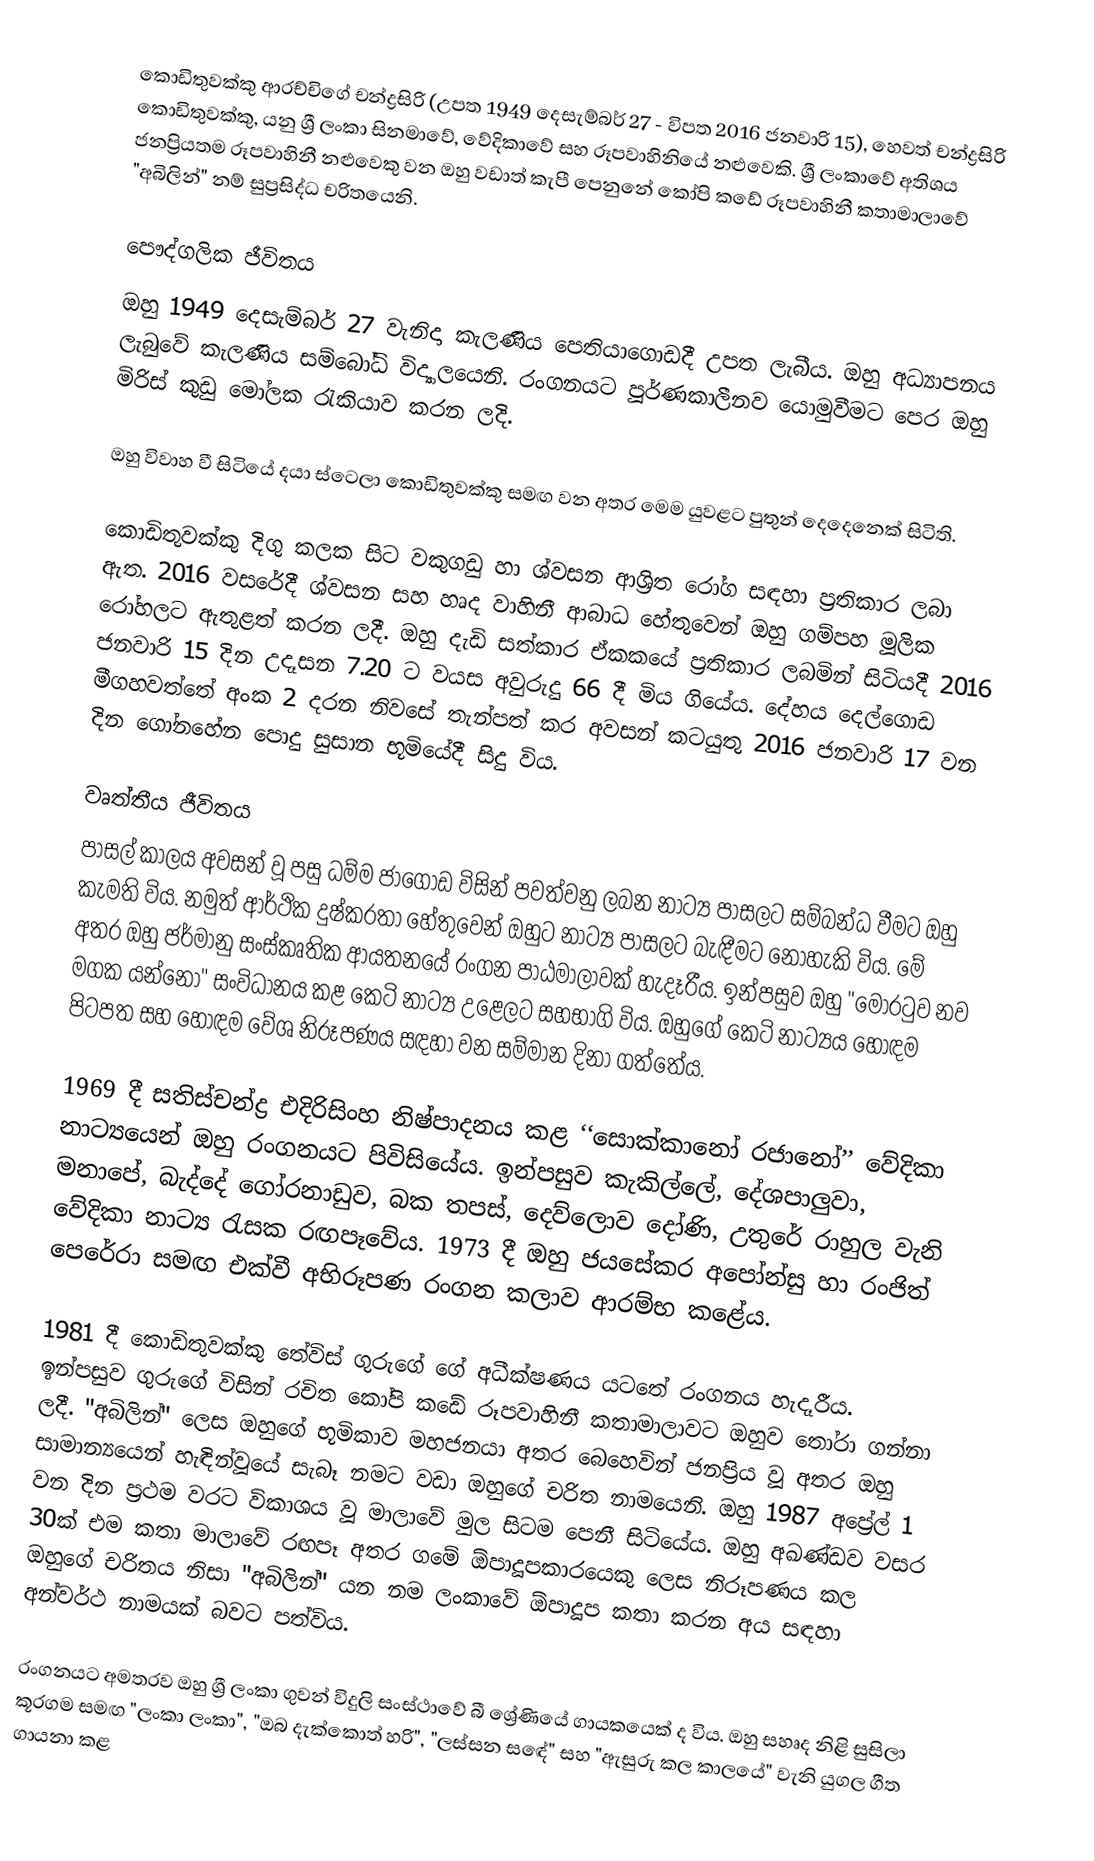
කොඩිතුවක්කු ආරච්චිගේ චන්ද්‍රසිරි (උපත 1949 දෙසැම්බර් 27 - විපත 2016 ජනවාරි 15), හෙවත් චන්ද්‍රසිරි කොඩිතුවක්කු, යනු ශ්‍රී ලංකා සිනමාවේ, වේදිකාවේ සහ රූපවාහිනියේ නළුවෙකි. ශ්‍රී ලංකාවේ අතිශය ජනප්‍රියතම රූපවාහිනී නළුවෙකු වන ඔහු වඩාත් කැපී පෙනුනේ කෝපි කඩේ රූපවාහිනී කතාමාලාවේ "අබිලින්" නම් සුප්‍රසිද්ධ චරිතයෙනි.

පෞද්ගලික ජීවිතය
ඔහු 1949 දෙසැම්බර් 27 වැනිදා කැලණිය පෙතියාගොඩදී උපත ලැබීය. ඔහු අධ්‍යාපනය ලැබුවේ කැලණිය සම්බෝධි විද්‍යාලයෙනි. රංගනයට පූර්ණකාලීනව යොමුවීමට පෙර ඔහු මිරිස් කුඩු මෝලක ‍රැකියාව කරන ලදි.

ඔහු විවාහ වී සිටියේ දයා ස්ටෙලා කොඩිතුවක්කු සමඟ වන අතර මෙම යුවළට පුතුන් දෙදෙනෙක් සිටිති.

කොඩිතුවක්කු දිගු කලක සිට වකුගඩු හා ශ්වසන ආශ්‍රිත රෝග සඳහා ප්‍රතිකාර ලබා ඇත. 2016 වසරේදී ශ්වසන සහ හෘද වාහිනී ආබාධ හේතුවෙන් ඔහු ගම්පහ මූලික රෝහලට ඇතුළත් කරන ලදී. ඔහු දැඩි සත්කාර ඒකකයේ ප්‍රතිකාර ලබමින් සිටියදී 2016 ජනවාරි 15 ​​දින උදෑසන 7.20 ට වයස අවුරුදු 66 දී මිය ගියේය. දේහය දෙල්ගොඩ මීගහවත්තේ අංක 2 දරන නිවසේ තැන්පත් කර අවසන් කටයුතු 2016 ජනවාරි 17 වන දින ගෝනහේන පොදු සුසාන භූමියේදී සිදු විය.

වෘත්තීය ජීවිතය
පාසල් කාලය අවසන් වූ පසු ධම්ම ජාගොඩ විසින් පවත්වනු ලබන නාට්‍ය පාසලට සම්බන්ධ වීමට ඔහු කැමති විය. නමුත් ආර්ථික දුෂ්කරතා හේතුවෙන් ඔහුට නාට්‍ය පාසලට බැඳීමට නොහැකි විය. මේ අතර ඔහු ජර්මානු සංස්කෘතික ආයතනයේ රංගන පාඨමාලාවක් හැදෑරීය. ඉන්පසුව ඔහු "මොරටුව නව මගක යන්නෝ" සංවිධානය කළ කෙටි නාට්‍ය උළෙලට සහභාගි විය. ඔහුගේ කෙටි නාට්‍යය හොඳම පිටපත සහ හොඳම වේශ නිරූපණය සඳහා වන සම්මාන දිනා ගත්තේය.

1969 දී සතිස්චන්ද්‍ර එදිරිසිංහ නිෂ්පාදනය කළ ‘‘සොක්කානෝ රජානෝ’’ වේදිකා නාට්‍යයෙන් ඔහු රංගනයට පිවිසියේය. ඉන්පසුව කැකිල්ලේ, දේශපාලුවා, මනාපේ, බැද්දේ ගෝරනාඩුව, බක තපස්, දෙව්ලොව දෝණි, උතුරේ රාහුල වැනි වේදිකා නාට්‍ය රැසක රඟපෑවේය.  1973 දී ඔහු ජයසේකර අපෝන්සු හා රංජිත් පෙරේරා සමඟ එක්වී අභිරූපණ රංගන කලාව ආරම්භ කළේය.

1981 දී කොඩිතුවක්කු තේවිස් ගුරුගේ ගේ අධීක්ෂණය යටතේ රංගනය හැදෑරීය. ඉන්පසුව ගුරුගේ විසින් රචිත කෝපි කඩේ රූපවාහිනී කතාමාලාවට ඔහුව තෝරා ගන්නා ලදී. "අබිලින්" ලෙස ඔහුගේ භූමිකාව මහජනයා අතර බෙහෙවින් ජනප්‍රිය වූ අතර ඔහු සාමාන්‍යයෙන් හැඳින්වූයේ සැබෑ නමට වඩා ඔහුගේ චරිත නාමයෙනි. ඔහු 1987 අප්‍රේල් 1 වන දින ප්‍රථම වරට විකාශය වූ මාලාවේ මුල සිටම පෙනී සිටියේය. ඔහු අඛණ්ඩව වසර 30ක් එම කතා මාලාවේ රඟපෑ අතර ගමේ ඕපාදූපකාරයෙකු ලෙස නිරූපණය කල ඔහුගේ චරිතය නිසා "අබිලින්" යන නම ලංකාවේ ඕපාදූප කතා කරන අය සඳහා අන්වර්ථ නාමයක් බවට පත්විය.

රංගනයට අමතරව ඔහු ශ්‍රී ලංකා ගුවන් විදුලි සංස්ථාවේ බී ශ්‍රේණියේ ගායකයෙක් ද විය. ඔහු සහෘද නිළි සුසිලා කූරගම සමඟ "ලංකා ලංකා", "ඔබ දැක්කොත් හරි", "ලස්සන සඳේ" සහ "ඇසුරු කල කාලයේ" වැනි යුගල ගීත ගායනා කළ